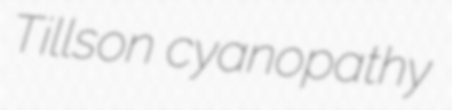
Tillson cyanopathy